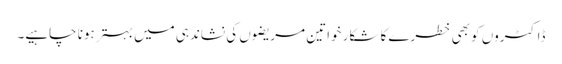
ڈاکٹروں کو بھی خطرے کا شکار خواتین مریضوں کی نشاندہی میں بہتر ہونا چاہیے۔